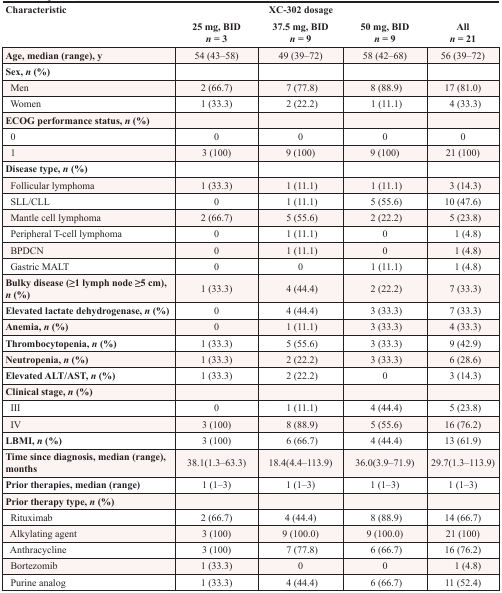
<table><thead><tr><td rowspan="2"><b>Characteristic</b></td><td colspan="4"><b>XC-302 dosage</b></td></tr><tr><td><b>25 mg, BID <i>n</i> = 3</b></td><td><b>37.5 mg, BID <i>n</i> = 9</b></td><td><b>50 mg, BID <i>n</i> = 9</b></td><td><b>All <i>n</i> = 21</b></td></tr></thead><tbody><tr><td><b>Age, median (range), y</b></td><td>54 (43–58)</td><td>49 (39–72)</td><td>58 (42–68)</td><td>56 (39–72)</td></tr><tr><td><b>Sex, <i>n</i> (%)</b></td><td></td><td></td><td></td><td></td></tr><tr><td> Men</td><td>2 (66.7)</td><td>7 (77.8)</td><td>8 (88.9)</td><td>17 (81.0)</td></tr><tr><td> Women</td><td>1 (33.3)</td><td>2 (22.2)</td><td>1 (11.1)</td><td>4 (33.3)</td></tr><tr><td><b>ECOG performance status, n (%)</b></td><td></td><td></td><td></td><td></td></tr><tr><td> 0</td><td>0</td><td>0</td><td>0</td><td>0</td></tr><tr><td> 1</td><td>3 (100)</td><td>9 (100)</td><td>9 (100)</td><td>21 (100)</td></tr><tr><td><b>Disease type, <i>n</i> (%)</b></td><td></td><td></td><td></td><td></td></tr><tr><td> Follicular lymphoma</td><td>1 (33.3)</td><td>1 (11.1)</td><td>1 (11.1)</td><td>3 (14.3)</td></tr><tr><td> SLL/CLL</td><td>0</td><td>1 (11.1)</td><td>5 (55.6)</td><td>10 (47.6)</td></tr><tr><td> Mantle cell lymphoma</td><td>2 (66.7)</td><td>5 (55.6)</td><td>2 (22.2)</td><td>5 (23.8)</td></tr><tr><td> Peripheral T-cell lymphoma</td><td>0</td><td>1 (11.1)</td><td>0</td><td>1 (4.8)</td></tr><tr><td> BPDCN</td><td>0</td><td>1 (11.1)</td><td>0</td><td>1 (4.8)</td></tr><tr><td> Gastric MALT</td><td>0</td><td>0</td><td>1 (11.1)</td><td>1 (4.8)</td></tr><tr><td><b>Bulky disease (≥1 lymph node ≥5 cm), <i>n</i> (%)</b></td><td>1 (33.3)</td><td>4 (44.4)</td><td>2 (22.2)</td><td>7 (33.3)</td></tr><tr><td><b>Elevated lactate dehydrogenase, <i>n</i> (%)</b></td><td>0</td><td>4 (44.4)</td><td>3 (33.3)</td><td>7 (33.3)</td></tr><tr><td><b>Anemia, <i>n</i> (%)</b></td><td>0</td><td>1 (11.1)</td><td>3 (33.3)</td><td>4 (33.3)</td></tr><tr><td><b>Thrombocytopenia, <i>n</i> (%)</b></td><td>1 (33.3)</td><td>5 (55.6)</td><td>3 (33.3)</td><td>9 (42.9)</td></tr><tr><td><b>Neutropenia, <i>n</i> (%)</b></td><td>1 (33.3)</td><td>2 (22.2)</td><td>3 (33.3)</td><td>6 (28.6)</td></tr><tr><td><b>Elevated ALT/AST, <i>n</i> (%)</b></td><td>1 (33.3)</td><td>2 (22.2)</td><td>0</td><td>3 (14.3)</td></tr><tr><td><b>Clinical stage, <i>n</i> (%)</b></td><td></td><td></td><td></td><td></td></tr><tr><td> III</td><td>0</td><td>1 (11.1)</td><td>4 (44.4)</td><td>5 (23.8)</td></tr><tr><td> IV</td><td>3 (100)</td><td>8 (88.9)</td><td>5 (55.6)</td><td>16 (76.2)</td></tr><tr><td><b>LBMI, <i>n</i> (%)</b></td><td>3 (100)</td><td>6 (66.7)</td><td>4 (44.4)</td><td>13 (61.9)</td></tr><tr><td><b>Time since diagnosis, median (range), months</b></td><td>38.1(1.3–63.3)</td><td>18.4(4.4–113.9)</td><td>36.0(3.9–71.9)</td><td>29.7(1.3–113.9)</td></tr><tr><td><b>Prior therapies, median (range)</b></td><td>1 (1–3)</td><td>1 (1–3)</td><td>1 (1–3)</td><td>1 (1–3)</td></tr><tr><td><b>Prior therapy type, <i>n</i> (%)</b></td><td></td><td></td><td></td><td></td></tr><tr><td> Rituximab</td><td>2 (66.7)</td><td>4 (44.4)</td><td>8 (88.9)</td><td>14 (66.7)</td></tr><tr><td> Alkylating agent</td><td>3 (100)</td><td>9 (100.0)</td><td>9 (100.0)</td><td>21 (100)</td></tr><tr><td> Anthracycline</td><td>3 (100)</td><td>7 (77.8)</td><td>6 (66.7)</td><td>16 (76.2)</td></tr><tr><td> Bortezomib</td><td>1 (33.3)</td><td>0</td><td>0</td><td>1 (4.8)</td></tr><tr><td> Purine analog</td><td>1 (33.3)</td><td>4 (44.4)</td><td>6 (66.7)</td><td>11 (52.4)</td></tr></tbody></table>